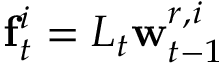
\mathbf { f } _ { t } ^ { i } = L _ { t } \mathbf { w } _ { t - 1 } ^ { r , i }